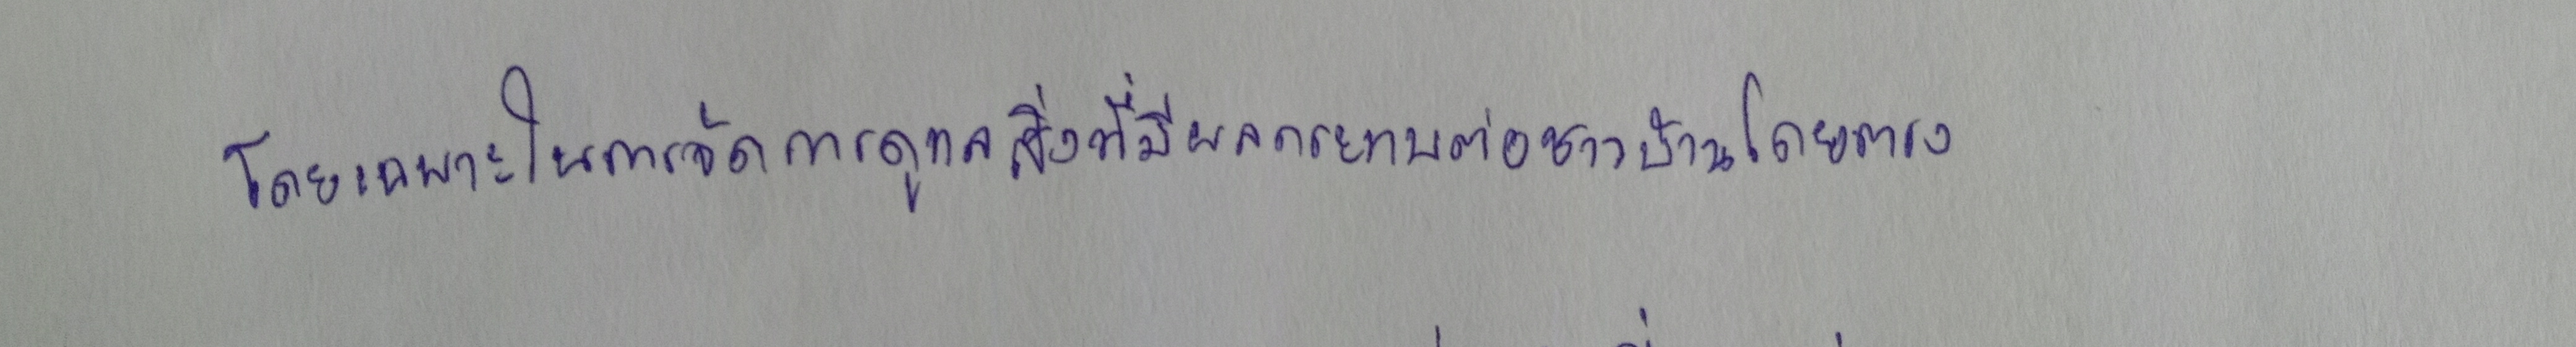
โดยเฉพาะในการจัดการดูแลสิ่งที่มีผลกระทบต่อชาวบ้านโดยตรง